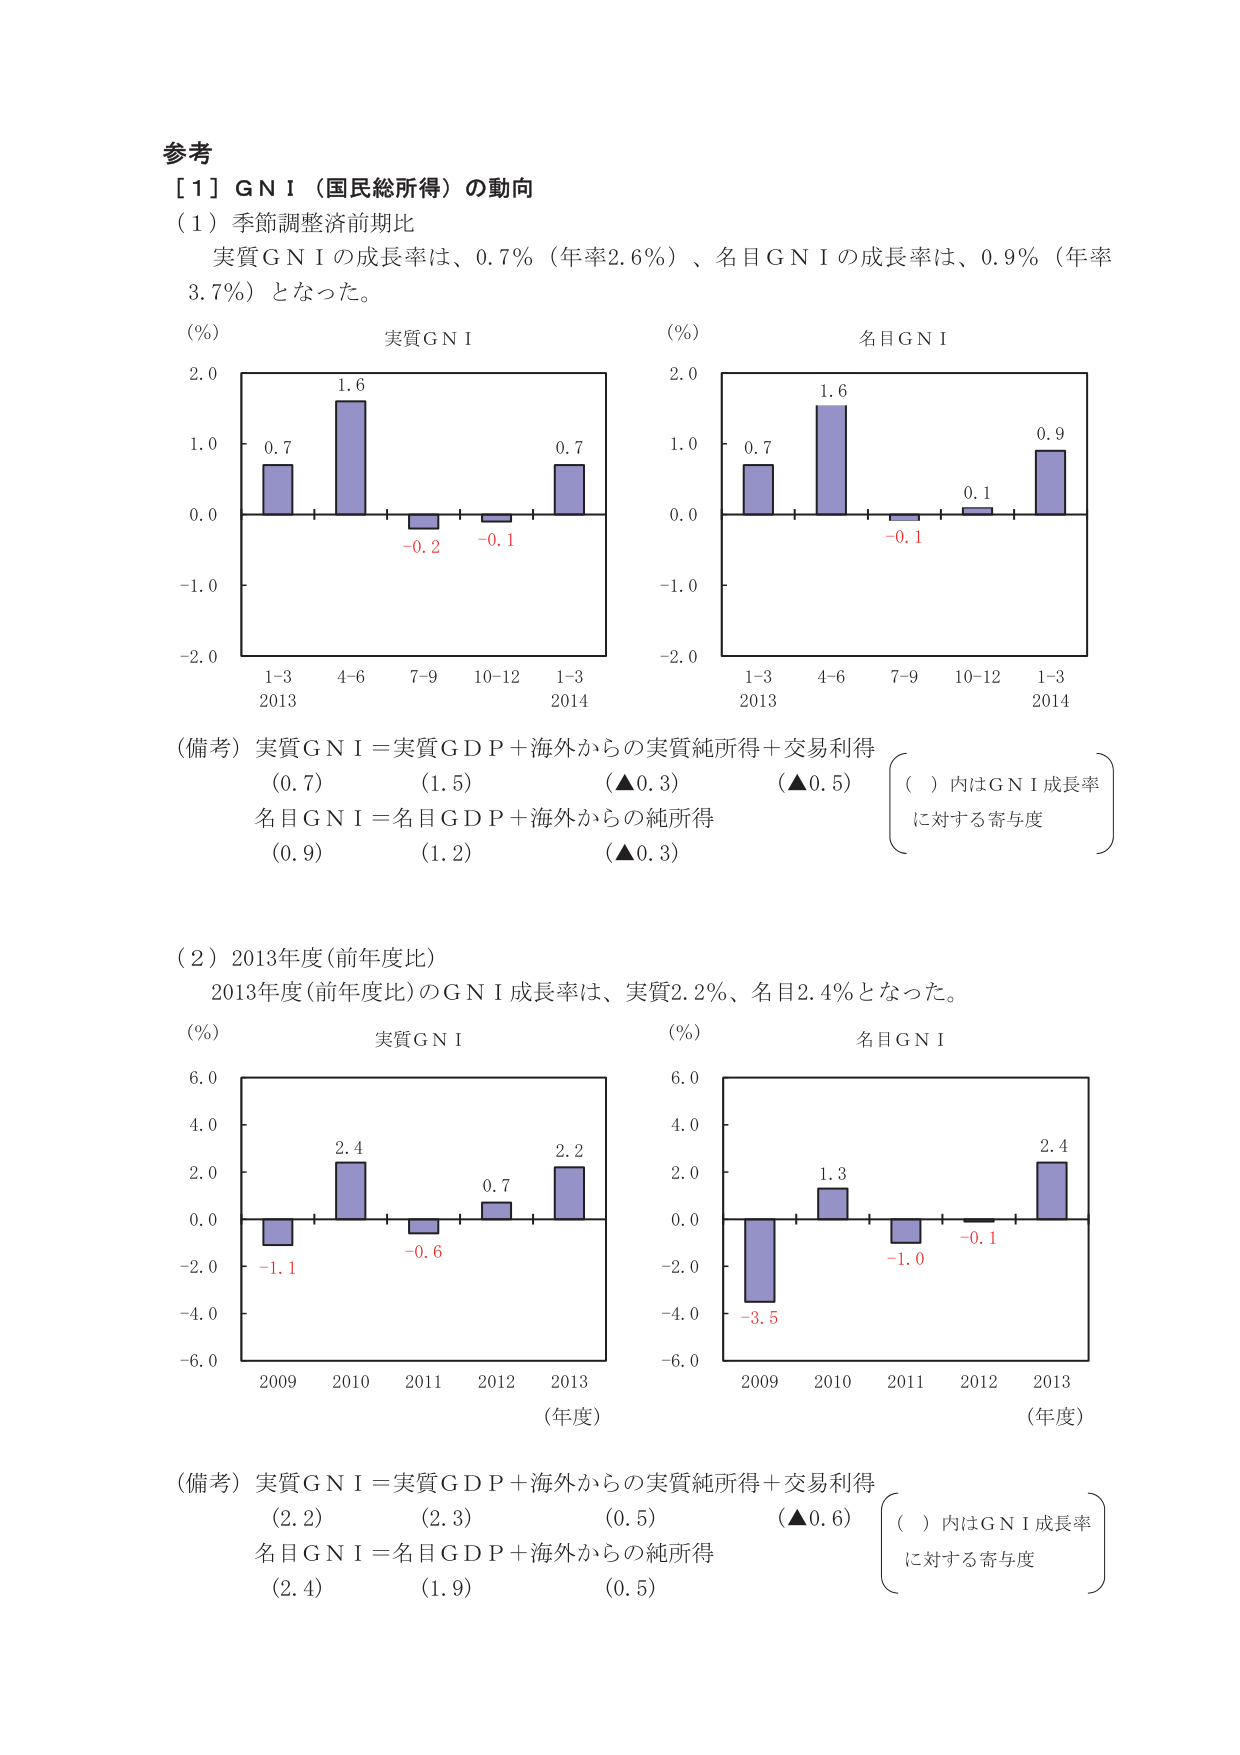
参考
［1］ＧＮＩ（国民総所得）の動向
（1）季節調整済前期比
　　実質ＧＮＩの成長率は、0.7％（年率2.6％）、名目ＧＮＩの成長率は、0.9％（年率3.7％）となった。
（％）　実質ＧＮＩ
　　2.0
　　1.0